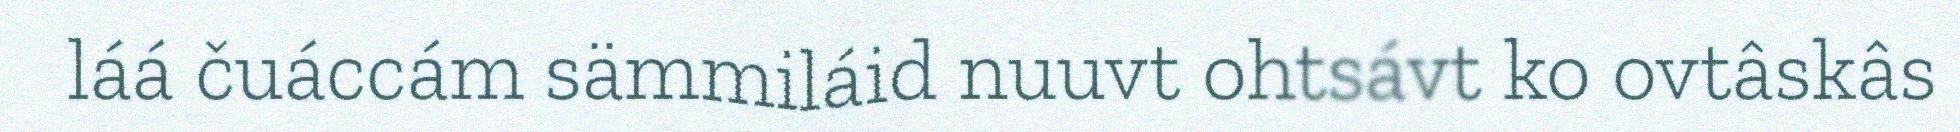
láá čuáccám sämmiláid nuuvt ohtsávt ko ovtâskâs